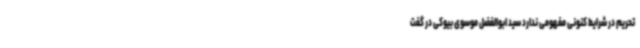
تحریم در شرایط کنونی مفهومی ندارد سید ابوالفضل موسوی بیوکی در گفت